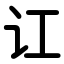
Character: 讧